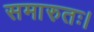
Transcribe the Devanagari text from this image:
समारुतः।